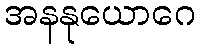
အနနုယောဂေ